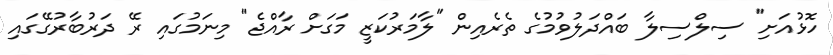
ހޮޅުއަށި" ސިލްސިލާ ބައްދަލުވުމުގެ ތެރެއިން "ލާމަރުކަޒީ މަގަށް ރާއްޖެ" މިނަމުގައި ރޭ ދަރުބާރުގޭގައި